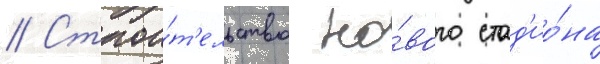
// Строи́т'ельство но́вого стад'ио́на